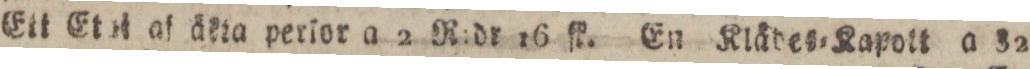
Ett Etal af äkta perſor a 2 R:dr 16 ſk. En Klädes=Kapott a 32